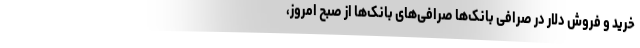
خرید و فروش دلار در صرافی بانک‌ها صرافی‌های بانک‌ها از صبح امروز،